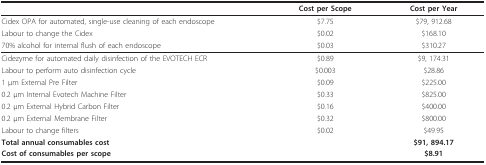
<table><thead><tr><td></td><td><b>Cost per Scope</b></td><td><b>Cost per Year</b></td></tr></thead><tbody><tr><td>Cidex OPA for automated, single-use cleaning of each endoscope</td><td>$7.75</td><td>$79, 912.68</td></tr><tr><td>Labour to change the Cidex</td><td>$0.02</td><td>$168.10</td></tr><tr><td>70% alcohol for internal flush of each endoscope</td><td>$0.03</td><td>$310.27</td></tr><tr><td>Cidezyme for automated daily disinfection of the EVOTECH ECR</td><td>$0.89</td><td>$9, 174.31</td></tr><tr><td>Labour to perform auto disinfection cycle</td><td>$0.003</td><td>$28.86</td></tr><tr><td>1 μm External Pre Filter</td><td>$0.09</td><td>$225.00</td></tr><tr><td>0.2 μm Internal Evotech Machine Filter</td><td>$0.33</td><td>$825.00</td></tr><tr><td>0.2 μm External Hybrid Carbon Filter</td><td>$0.16</td><td>$400.00</td></tr><tr><td>0.2 μm External Membrane Filter</td><td>$0.32</td><td>$800.00</td></tr><tr><td>Labour to change filters</td><td>$0.02</td><td>$49.95</td></tr><tr><td><b>Total annual consumables cost</b></td><td></td><td><b>$91, 894.17</b></td></tr><tr><td><b>Cost of consumables per scope</b></td><td></td><td><b>$8.91</b></td></tr></tbody></table>